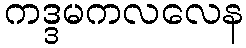
ကဒ္ဒမကလလေန